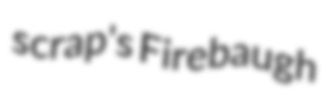
scrap's Firebaugh